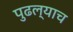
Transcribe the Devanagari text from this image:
पुढल्याच